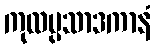
ကုလပ္ပသာဒကာနံ